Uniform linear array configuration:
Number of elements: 32
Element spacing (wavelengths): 0.25
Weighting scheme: hamming
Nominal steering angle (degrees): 15
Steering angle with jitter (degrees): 14.766
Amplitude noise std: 0.05
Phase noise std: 0.05

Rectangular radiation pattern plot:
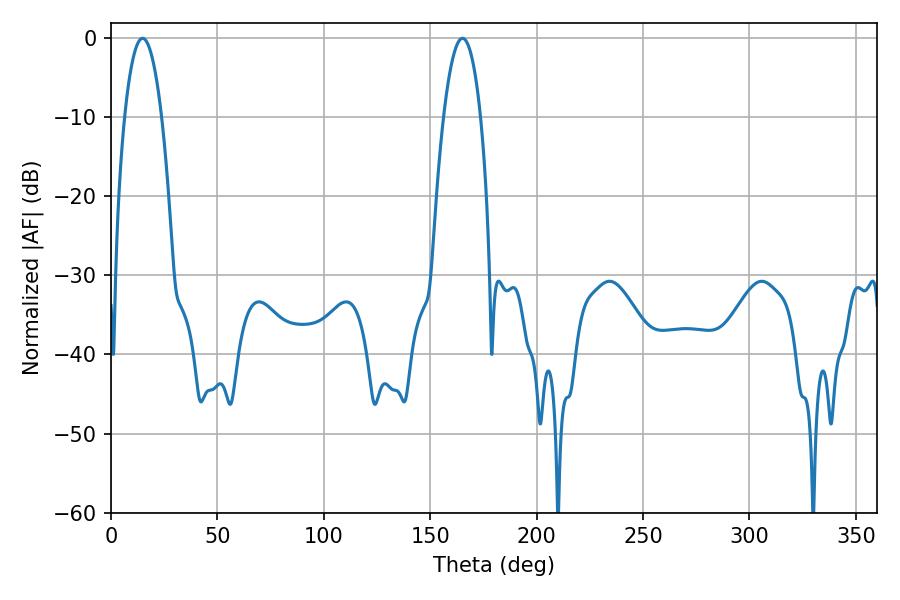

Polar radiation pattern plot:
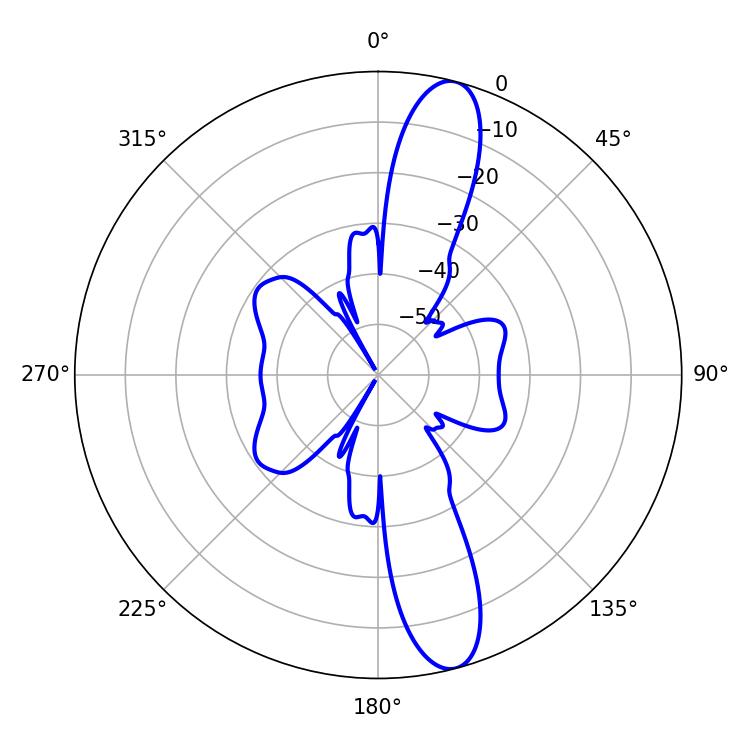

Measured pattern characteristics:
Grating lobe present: FALSE
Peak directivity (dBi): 13.342
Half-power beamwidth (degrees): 9.72
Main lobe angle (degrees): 14.76